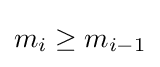
m_{i}\geq m_{i-1}